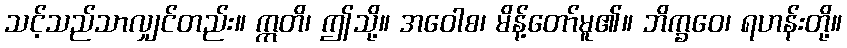
သင့်သည်သာလျှင်တည်း။ ဣတိ၊ ဤသို့။ အဝေါစ၊ မိန့်တော်မူ၏။ ဘိက္ခဝေ၊ ရဟန်းတို့။